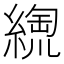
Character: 𦃥